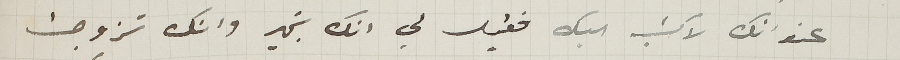
عنوانك لاكتب اليك فقيل لي انك بخير وانك تزوجت